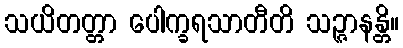
သယိတတ္တာ ပေါက္ခရသာတီတိ သဉ္ဇာနန္တိ။